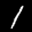
Label: 1